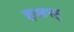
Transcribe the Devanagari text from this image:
इसश्